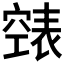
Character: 𮄏